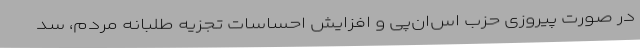
در صورت پیروزی حزب اس‌ان‌پی و افزایش احساسات تجزیه طلبانه مردم، سد